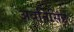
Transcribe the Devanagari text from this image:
अवनिसिंह